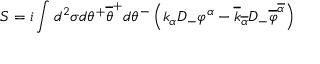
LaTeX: S = i \int d ^ { 2 } \sigma d \theta ^ { + } \overline { { { \theta } } } ^ { + } d \theta ^ { - } \left( k _ { \alpha } D _ { - } \varphi ^ { \alpha } - \overline { { { k } } } _ { \overline { { { \alpha } } } } D _ { - } \overline { { { \varphi } } } ^ { \overline { { { \alpha } } } } \right)